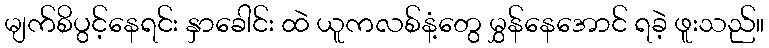
မျက်စိပွင့်နေရင်း နှာခေါင်း ထဲ ယူကလစ်နံ့တွေ မွှန်နေအောင် ရခဲ့ ဖူးသည်။